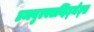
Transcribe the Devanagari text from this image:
डब्ल्युएक्सव्हिड्जेट्स